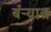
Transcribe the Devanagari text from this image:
बऱ्यात